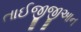
તાઈજીજીઆન